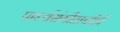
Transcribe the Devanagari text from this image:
पार्श्‍वसंगीताचीही